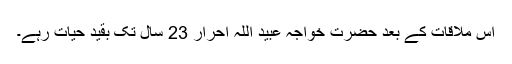
اِس ملاقات کے بعد حضرت خواجہ عبید اللہ احرار 23 سال تک بقیدِ حیات رہے۔